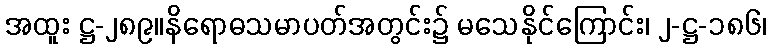
အထူး ဋ္ဌ-၂၈၉။နိရောဓသမာပတ်အတွင်း၌ မသေနိုင်ကြောင်း၊ ၂-ဋ္ဌ-၁၈၆၊